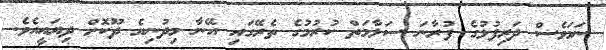
ނަމަވެސް ދަރިފުޅުގެ ފުރާނަ ސަލާމަތް ކުރުމުގެ ތެރޭގައި އޭނާ މިދުނިޔެ ދޫކޮށް ދިޔައީއެވެ.